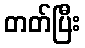
တတ်ပြီး